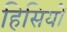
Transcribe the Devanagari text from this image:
हिसियों